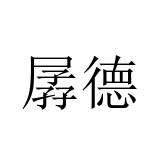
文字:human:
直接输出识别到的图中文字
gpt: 孱德